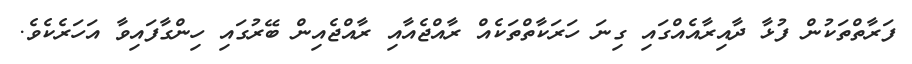
ފަރާތްތަކުން ފުޅާ ދާއިރާއެއްގައި ގިނަ ހަރަކާތްތަކެއް ރާއްޖެއާއި ރާއްޖެއިން ބޭރުގައި ހިންގާފައިވާ އަހަރެކެވެ.